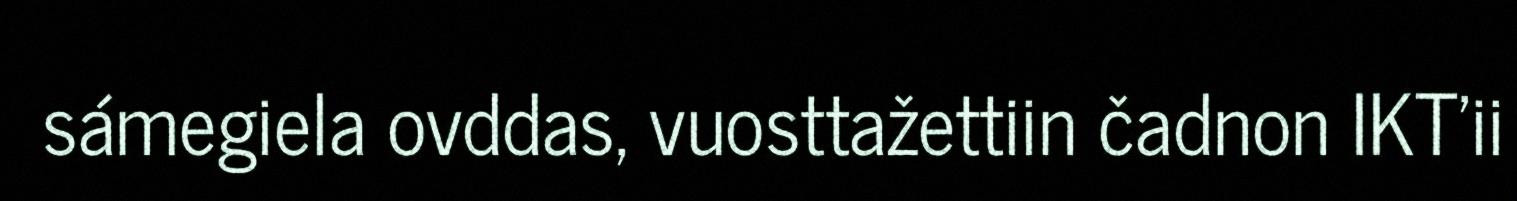
sámegiela ovddas, vuosttažettiin čadnon IKT'ii